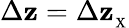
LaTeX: \Delta\mathbf{z}=\Delta\mathbf{z}_{_{\textrm{{X}}}}